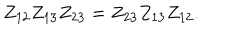
Z _ { 1 2 } Z _ { 1 3 } Z _ { 2 3 } = Z _ { 2 3 } Z _ { 1 3 } Z _ { 1 2 } .